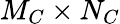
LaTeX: M_{C}\times N_{C}